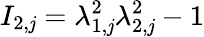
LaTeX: I_{2,\mathit{j}}=\lambda_{1,\mathit{j}}^{2}\lambda_{2,\mathit{j}}^{2}-1